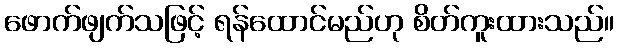
ဖောက်ဖျက်သဖြင့် ရန်ထောင်မည်ဟု စိတ်ကူးထားသည်။